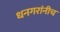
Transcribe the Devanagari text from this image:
धनगरांनीच